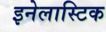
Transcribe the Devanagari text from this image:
इनेलास्टिक